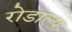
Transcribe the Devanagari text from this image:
रोडाल्फ़